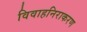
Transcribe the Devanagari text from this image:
विवाहनिराकरण